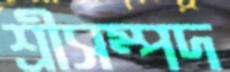
শ্রীসম্পদ